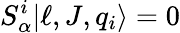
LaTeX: S_{\alpha}^{i}|\ell,J,q_{i}\rangle=0